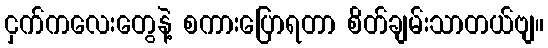
ငှက်ကလေးတွေနဲ့ စကားပြောရတာ စိတ်ချမ်းသာတယ်ဗျ။